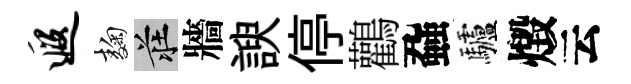
遐麹莊牆諛停鸛蝨驢燬云